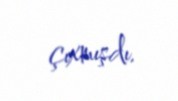
çıxmışdı.